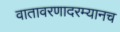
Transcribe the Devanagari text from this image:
वातावरणादरम्यानच